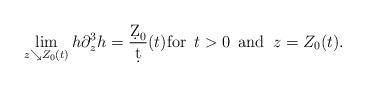
LaTeX: \begin{align*}\lim_{z \searrow Z_0(t)} h \partial_z^3 h = \frac{\d Z_0}{\d t}(t) \mbox{for } \, t > 0 \, \mbox{ and } \, z = Z_0(t).\end{align*}